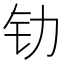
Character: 𰽖